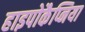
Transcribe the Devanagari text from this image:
हाइपोकैप्निया